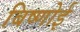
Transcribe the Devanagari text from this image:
बिष्णोई